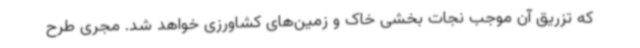
که تزریق آن موجب نجات بخشی خاک و زمین‌های کشاورزی خواهد شد. مجری طرح